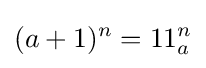
(a+1)^{n}=11_{a}^{n}